Vaccine operations Central Provinces 1868-1885 - 1868-1885
Year: 1868
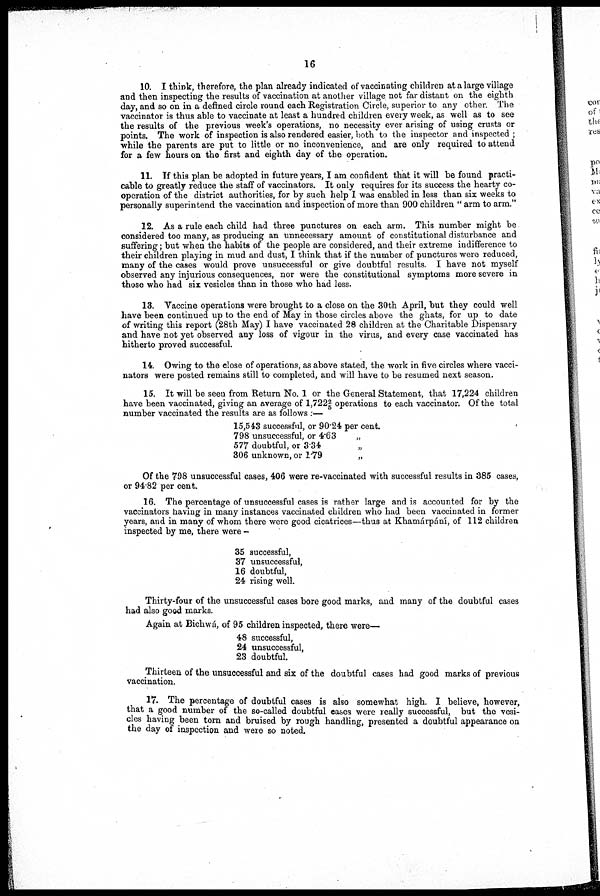
16
10. I think, therefore, the plan already indicated of vaccinating children at a large village
and then inspecting the results of vaccination at another village not far distant on the eighth
day, and so on in a defined circle round each Registration Circle, superior to any other. The
vaccinator is thus able to vaccinate at least a hundred children every week, as well as to see
the results of the previous week's operations, no necessity ever arising of using crusts or
points. The work of inspection is also rendered easier, both to the inspector and inspected ;
while the parents are put to little or no inconvenience, and are only required to attend
for a few hours on the first and eighth day of the operation.
11. If this plan be adopted in future years, I am confident that it will be found practi-
cable to greatly reduce the staff of vaccinators. It only requires for its success the hearty co-
operation of the district authorities, for by such help I was enabled in less than six weeks to
personally superintend the vaccination and inspection of more than 900 children " arm to arm."
12. As a rule each child had three punctures on each arm. This number might be
considered too many, as producing an unnecessary amount of constitutional disturbance and
suffering; but when the habits of the people are considered, and their extreme indifference to
their children playing in mud and dust, I think that if the number of punctures were reduced,
many of the cases would prove unsuccessful or give doubtful results. I have not myself
observed any injurious consequences, nor were the constitutional symptoms more severe in
those who had six vesicles than in those who had less.
13. Vaccine operations were brought to a close on the 30th April, but they could well
have been continued up to the end of May in those circles above the ghats, for up to date
of writing this report (28th May) I have vaccinated 28 children at the Charitable Dispensary
and have not yet observed any loss of vigour in the virus, and every case vaccinated has
hitherto proved successful.
14. Owing to the close of operations, as above stated, the work in five circles where vacci-
nators were posted remains still to completed, and will have to be resumed next season.
15. It will be seen from Return No. 1 or the General Statement, that 17,224 children
have been vaccinated, giving an average of 1,722 2/5 operations to each vaccinator. Of the total
number vaccinated the results are as follows:—
15,543 successful, or 90.24 per cent.
798 unsuccessful, or 4.63
„
577 doubtful, or 334 „
306 unknown, or 1.79
„
Of the 798 unsuccessful cases, 406 were re-vaccinated with successful results in 385 cases,
or 94.82 per cent.
16. The percentage of unsuccessful cases is rather large and is accounted for by the
vaccinators having in many instances vaccinated children who had been vaccinated in former
years, and in many of whom there were good cicatrices—thus at Khamárpání, of 112 children
inspected by me, there were -
35 successful,
37 unsuccessful,
16 doubtful,
24 rising well.
Thirty-four of the unsuccessful cases bore good marks, and many of the doubtful cases
had also good marks.
Again at Bichwá, of 95 children inspected, there were—
48 successful,
24 unsuccessful,
23 doubtful.
Thirteen of the unsuccessful and six of the doubtful cases had good marks of previous
vaccination.
17. The percentage of doubtful cases is also somewhat high. I believe, however,
that a good number of the so-called doubtful cases were really successful, but the vesi-
cles having been torn and bruised by rough handling, presented a doubtful appearance on
the day of inspection and were so noted.